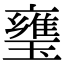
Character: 㻾